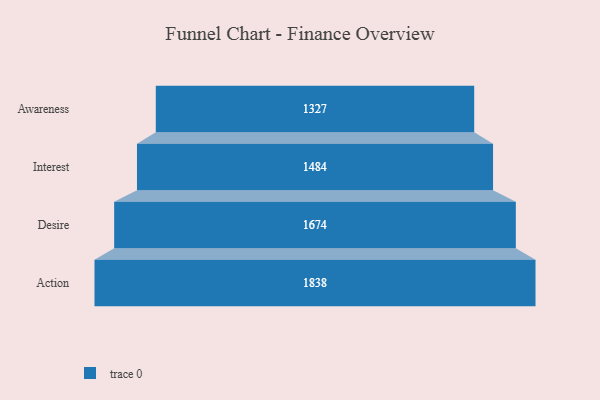
{"axis": {"x": "Stage", "y": "Value"}, "legend": [""], "data": [{"x": "Awareness", "y": 1327.0, "type": ""}, {"x": "Interest", "y": 1484.0, "type": ""}, {"x": "Desire", "y": 1674.0, "type": ""}, {"x": "Action", "y": 1838.0, "type": ""}]}